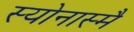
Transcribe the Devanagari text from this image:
स्योनास्मै